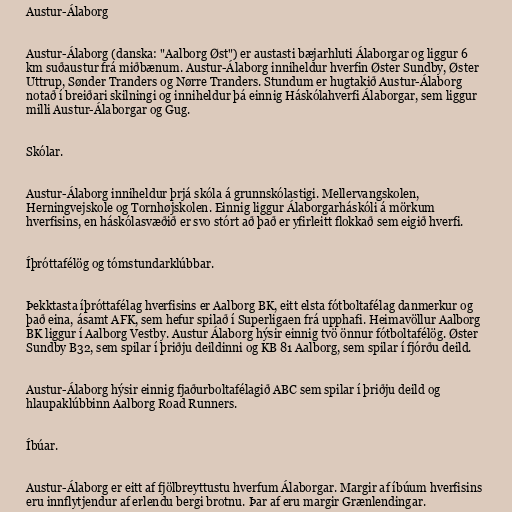
Austur-Álaborg

Austur-Álaborg (danska: "Aalborg Øst") er austasti bæjarhluti Álaborgar og liggur 6
km suðaustur frá miðbænum. Austur-Álaborg inniheldur hverfin Øster Sundby, Øster
Uttrup, Sønder Tranders og Nørre Tranders. Stundum er hugtakið Austur-Álaborg
notað í breiðari skilningi og inniheldur þá einnig Háskólahverfi Álaborgar, sem liggur
milli Austur-Álaborgar og Gug.

Skólar.

Austur-Álaborg inniheldur þrjá skóla á grunnskólastigi. Mellervangskolen,
Herningvejskole og Tornhøjskolen. Einnig liggur Álaborgarháskóli á mörkum
hverfisins, en háskólasvæðið er svo stórt að það er yfirleitt flokkað sem eigið hverfi.

Íþróttafélög og tómstundarklúbbar.

Þekktasta íþróttafélag hverfisins er Aalborg BK, eitt elsta fótboltafélag danmerkur og
það eina, ásamt AFK, sem hefur spilað í Superligaen frá upphafi. Heimavöllur Aalborg
BK liggur í Aalborg Vestby. Austur Álaborg hýsir einnig tvö önnur fótboltafélög. Øster
Sundby B32, sem spilar í þriðju deildinni og KB 81 Aalborg, sem spilar í fjórðu deild.

Austur-Álaborg hýsir einnig fjaðurboltafélagið ABC sem spilar í þriðju deild og
hlaupaklúbbinn Aalborg Road Runners.

Íbúar.

Austur-Álaborg er eitt af fjölbreyttustu hverfum Álaborgar. Margir af íbúum hverfisins
eru innflytjendur af erlendu bergi brotnu. Þar af eru margir Grænlendingar.